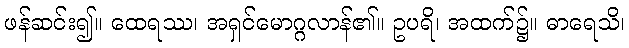
ဖန်ဆင်း၍။ ထေရဿ၊ အရှင်မောဂ္ဂလာန်၏။ ဥပရိ၊ အထက်၌။ ဓာရေသိ၊